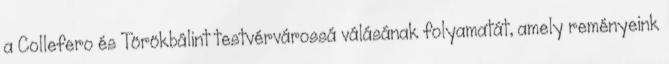
a Collefero és Törökbálint testvérvárossá válásának folyamatát, amely reményeink